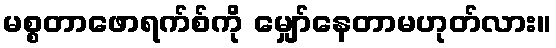
မစ္စတာဖောရက်စ်ကို မျှော်နေတာမဟုတ်လား။